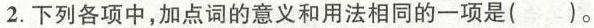
2.下列各项中，加点词的意义和用法相同的一项是()。